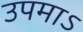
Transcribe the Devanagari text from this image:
उपमाऽ